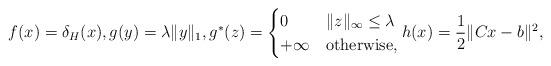
LaTeX: \begin{align*}f(x)=\delta_H(x), g(y)=\lambda \|y\|_1, g^\ast(z) = \begin{cases} 0 &\|z\|_\infty \leq \lambda \\ +\infty &\mbox{otherwise,}\end{cases} h(x)=\frac{1}{2}\|Cx-b\|^2,\end{align*}